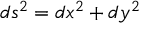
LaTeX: d s ^ { 2 } = d x ^ { 2 } + d y ^ { 2 }